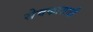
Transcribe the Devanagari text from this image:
सेवकासाठी